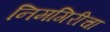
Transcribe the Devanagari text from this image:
निमगिरीचा